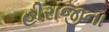
હીરાજીના